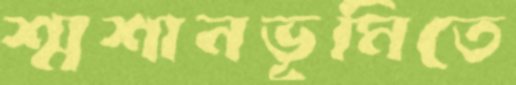
শ্মশানভূমিতে